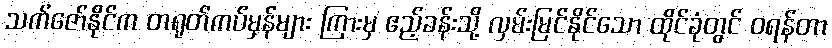
သက်ဇော်နိုင်က တရုတ်ကပ်မှန်များ ကြားမှ ဧည့်ခန်းသို့ လှမ်းမြင်နိုင်သော ထိုင်ခုံတွင် ဝရန်တာ